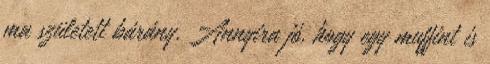
ma született bárány. Annyira jó, hogy egy muffint is